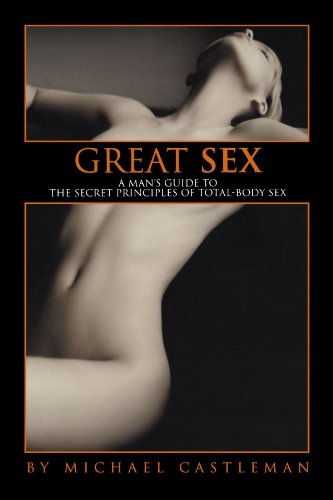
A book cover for Great Sex: A Man's Guide to the Secret Principles of Total-Body Sex; Michael Castleman; Self-Help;